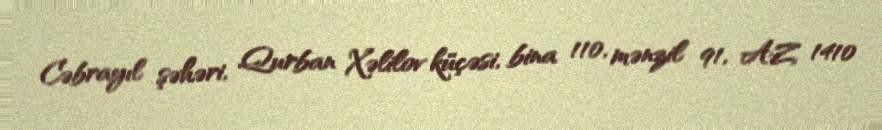
Cəbrayıl şəhəri, Qurban Xəlilov küçəsi, bina 110, mənzil 91, AZ 1410